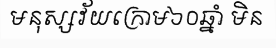
មនុស្សវ័យក្រោម៦០ឆ្នាំ មិន